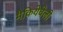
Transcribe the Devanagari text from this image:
मैकियेवेली